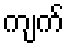
ကျက်